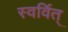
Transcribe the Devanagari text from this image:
स्वर्वित्